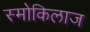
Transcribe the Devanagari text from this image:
स्मोकिलाज